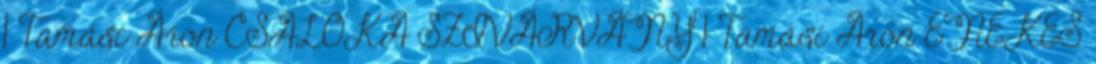
1 Tamási Áron CSALÓKA SZIVÁRVÁNY 1 Tamási Áron ÉNEKES